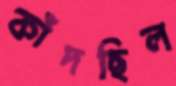
কাঁদছিল